Vaccine operations Central Provinces & Berar 1922-1929 - 1922-1929
Year: 1922
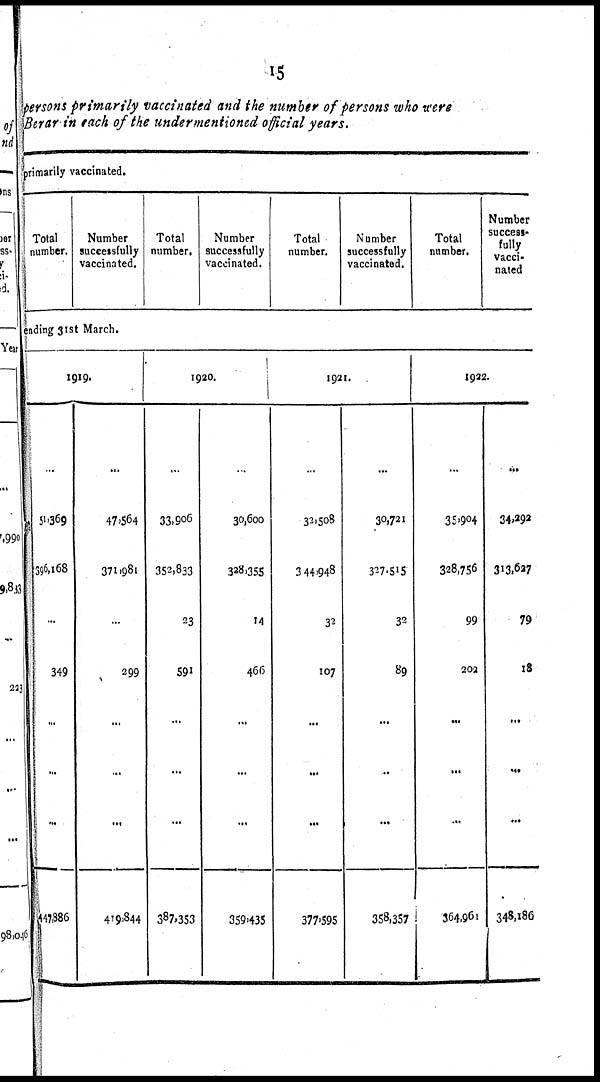
15
persons primarily vaccinated and the number of persons who were
Berar in each of the undermentioned official years.
primarily vaccinated.
Total
number.
Number
successfully
vaccinated.
Total
number.
Number
successfully
vaccinated.
Total
number.
Number
successfully
vaccinated.
Total
number.
Number
success-
fully
vacci-
nated
ending 31st March.
1919.
...
51,369
396,168
...
349
...
...
...
447,386
...
47,564
371,981
...
299
...
...
...
419,844
1920.
...
33,906
352,833
23
591
...
...
...
387,353
...
30,600
338,355
14
466
...
...
...
359,435
1921.
...
32,508
344,948
32
107
...
...
...
377,595
...
30,721
327,515
32
89
...
...
...
358,357
1922.
...
33,904
328,756
99
202
...
...
...
364,961
...
34,292
313,627
79
18
...
...
...
348,186